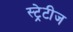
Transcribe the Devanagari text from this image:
स्ट्रेटीज